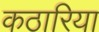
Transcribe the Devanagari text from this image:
कठारिया